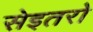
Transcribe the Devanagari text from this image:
सेइतरो